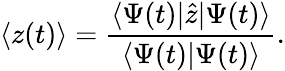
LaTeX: \langle z(t)\rangle=\frac{\langle\Psi(t)|\hat{z}|\Psi(t)\rangle}{\langle\Psi(t)|\Psi(t)\rangle}.